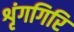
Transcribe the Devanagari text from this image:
शृंगगिरि